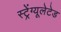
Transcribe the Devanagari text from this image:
स्ट्रेंग्यूलेटेड